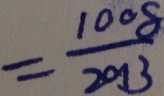
= \frac { 1 0 0 8 } { 2 0 1 3 }